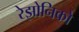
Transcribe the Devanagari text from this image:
रेझोनिको